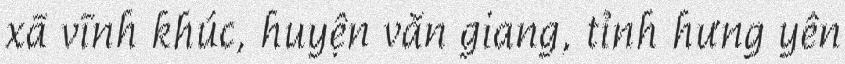
xã vĩnh khúc, huyện văn giang, tỉnh hưng yên